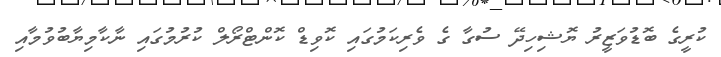
ކުރީގެ ބޮޑުވަޒީރު ޔޮޝިހިދޭ ސުގާ ގެ ވެރިކަމުގައި ކޮވިޑް ކޮންޓްރޯލް ކުރުމުގައި ނާކާމިޔާބުވުމާއި